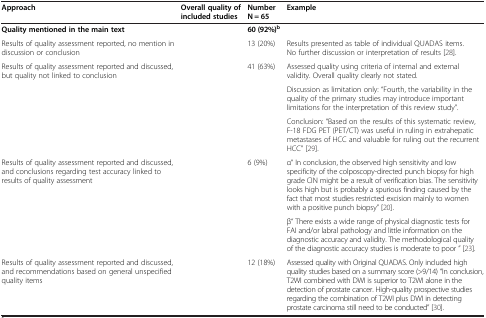
| Approach | Overall quality of included studies | Number N = 65 | Example |
 | --- | --- | --- | --- |
 | Quality mentioned in the main text |  | 60 (92%)b |  |
 | Results of quality assessment reported, no mention in discussion or conclusion |  | 13 (20%) | Results presented as table of individual QUADAS items. No further discussion or interpretation of results [28]. |
 | <ROWSPAN=3> Results of quality assessment reported and discussed, but quality not linked to conclusion | <ROWSPAN=3>  | <ROWSPAN=3> 41 (63%) | Assessed quality using criteria of internal and external validity. Overall quality clearly not stated. |
 | Discussion as limitation only: “Fourth, the variability in the quality of the primary studies may introduce important limitations for the interpretation of this review study”. |
 | Conclusion: “Based on the results of this systematic review, F-18 FDG PET (PET/CT) was useful in ruling in extrahepatic metastases of HCC and valuable for ruling out the recurrent HCC” [29]. |
 | <ROWSPAN=2> Results of quality assessment reported and discussed, and conclusions regarding test accuracy linked to results of quality assessment | <ROWSPAN=2>  | <ROWSPAN=2> 6 (9%) | α“ In conclusion, the observed high sensitivity and low specificity of the colposcopy-directed punch biopsy for high grade CIN might be a result of verification bias. The sensitivity looks high but is probably a spurious finding caused by the fact that most studies restricted excision mainly to women with a positive punch biopsy” [20]. |
 | β“ There exists a wide range of physical diagnostic tests for FAI and/or labral pathology and little information on the diagnostic accuracy and validity. The methodological quality of the diagnostic accuracy studies is moderate to poor ” [23]. |
 | Results of quality assessment reported and discussed, and recommendations based on general unspecified quality items |  | 12 (18%) | Assessed quality with Original QUADAS. Only included high quality studies based on a summary score (>9/14) “In conclusion, T2WI combined with DWI is superior to T2WI alone in the detection of prostate cancer. High-quality prospective studies regarding the combination of T2WI plus DWI in detecting prostate carcinoma still need to be conducted” [30]. |